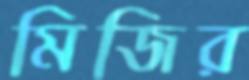
মিজির